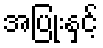
အပြုံးနှင့်